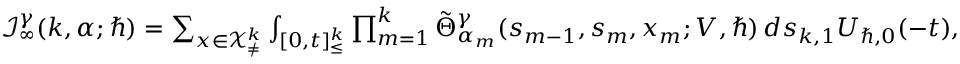
\begin{array} { r } { \mathcal { I } _ { \infty } ^ { \gamma } ( k , \alpha ; \hbar ) = \sum _ { \boldsymbol { x } \in \mathcal { X } _ { \neq } ^ { k } } \int _ { [ 0 , t ] _ { \leq } ^ { k } } \prod _ { m = 1 } ^ { k } \tilde { \Theta } _ { \alpha _ { m } } ^ { \gamma } ( s _ { m - 1 } , { s } _ { m } , x _ { m } ; V , \hbar ) \, d \boldsymbol { s } _ { k , 1 } U _ { \hbar , 0 } ( - t ) , } \end{array}